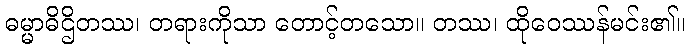
ဓမ္မာဓိဌိတဿ၊ တရားကိုသာ တောင့်တသော။ တဿ၊ ထိုဝေဿန်မင်း၏။